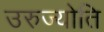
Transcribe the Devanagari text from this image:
उरुज्योति